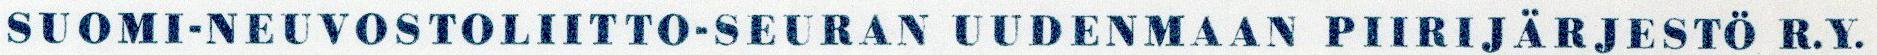
SUOMI-NEUVOSTOLIITTO-SEURAN UUDENMAAN PIIRIJARJESTO R.Y.